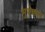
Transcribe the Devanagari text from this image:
मुवेक्मा